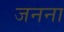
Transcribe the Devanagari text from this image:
जनना